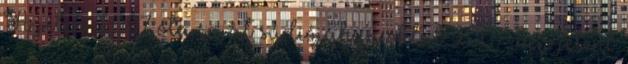
A jelen: 2007 óta saját súdiójában oktat 2007-ben jelent